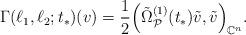
LaTeX: \begin{align*} \Gamma (\ell_1, \ell_2; t_*) (v) = \frac{1}{2} \Big(\tilde{\Omega}^{(1)}_{\mathcal{P}} (t_*) \tilde{v}, \tilde{v} \Big)_{\mathbb{C}^n}.\end{align*}